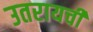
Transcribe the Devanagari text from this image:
उतरायची